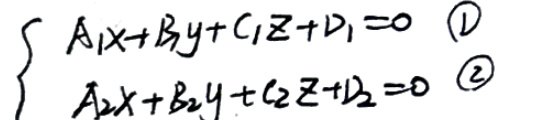
\begin{cases}
A_1x + B_1y + C_1z + D_1 = 0 \quad $\textcircled{1}$\\
A_2x + B_2y + C_2z + D_2 = 0 \quad $\textcircled{2}$
\end{cases}